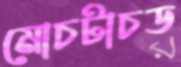
মোচটাচড